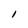
Character: l